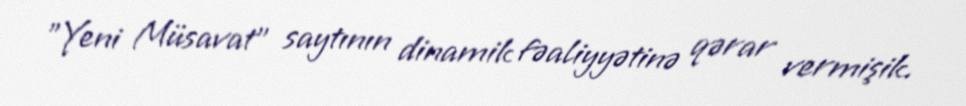
”Yeni Müsavat" saytının dinamik fəaliyyətinə qərar vermişik.